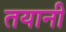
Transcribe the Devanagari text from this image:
तयानी